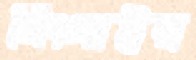
নিংগাইর